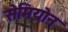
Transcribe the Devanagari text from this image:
सेमियोन